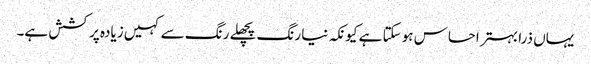
یہاں ذرا بہتر احساس ہو سکتا ہے کیونکہ نیا رنگ پچھلے رنگ سے کہیں زیادہ پرکشش ہے۔